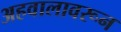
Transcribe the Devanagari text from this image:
अहवालावरून